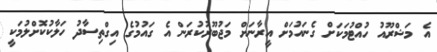
އެ މަޝްރޫއު ހުއްޓުމަކަށް ގެނައުމަށް އީރާނަށް މަޖުބޫރުކުރަން އެ ގައުމުގެ އިގްތިސާދު ހަލާކުކޮށްލުމަކީ